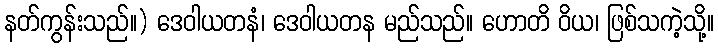
နတ်ကွန်းသည်။) ဒေဝါယတနံ၊ ဒေဝါယတန မည်သည်။ ဟောတိ ဝိယ၊ ဖြစ်သကဲ့သို့။